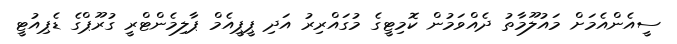
ސީއެންއެމަށް މައުލޫމާތު ދެއްވަމުން ކޮމިޓީގެ މުގައްރިރު އަދި ޕީޕީއެމް ޕާލިމެންޓްރީ ގުރޫޕްގެ ޑެޕިއުޓީ